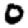
Digit: 0